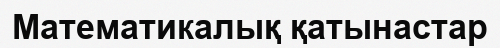
Математикалық қатынастар